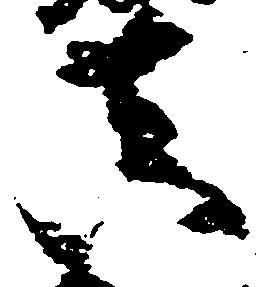
真